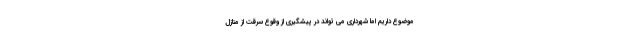
موضوع داریم اما شهرداری می تواند در پیشگیری از وقوع سرقت از منازل